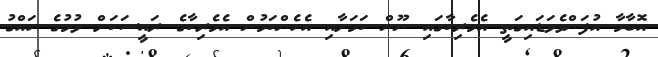
އޮބާމާ އުފަންވެވަޑައިގަތީ އެމެރިކާގައި ނޫން ކަމަށާއި އެހެންކަމުން އެމެރިކާގެ ރައީސަކަށް ވުމުގެ ހައްގު